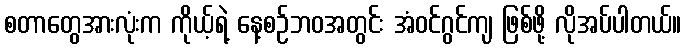
စတာတွေအားလုံးက ကိုယ့်ရဲ့ နေ့စဉ်ဘဝအတွင်း အံဝင်ဂွင်ကျ ဖြစ်ဖို့ လိုအပ်ပါတယ်။